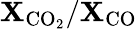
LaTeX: \mathbf{X}_{\mathrm{{CO_{2}}}}/\mathbf{X}_{\mathrm{{CO}}}